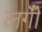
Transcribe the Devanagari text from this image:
लगीँ